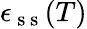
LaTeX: \epsilon_{\mathrm{~s~s~}}(T)